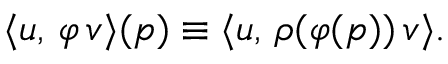
\langle u , \, \varphi \, v \rangle ( p ) \equiv \langle u , \, \rho ( \varphi ( p ) ) \, v \rangle .